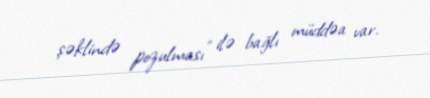
şəklində pozulması" ilə bağlı müddəa var.